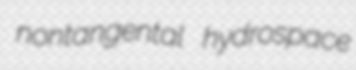
nontangental hydrospace